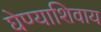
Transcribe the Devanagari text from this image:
घेण्याशिवाय